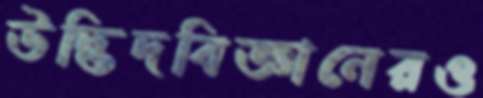
উদ্ভিদবিজ্ঞানেরও